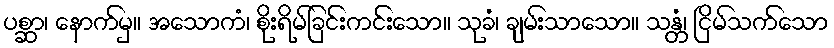
ပစ္ဆာ၊ နောက်မှ။ အသောကံ၊ စိုးရိမ်ခြင်းကင်းသော။ သုခံ၊ ချမ်းသာသော။ သန္တံ၊ ငြိမ်သက်သော